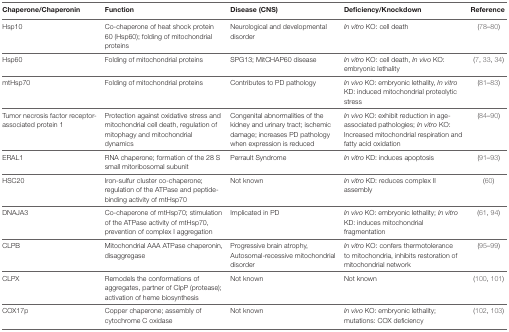
| Chaperone/Chaperonin | Function | Disease (CNS) | Deficiency/Knockdown | Reference |
 | --- | --- | --- | --- | --- |
 | Hsp10 | Co-chaperone of heat shock protein 60 (Hsp60); folding of mitochondrial proteins | Neurological and developmental disorder | In vitro KO: cell death | (78–80) |
 | Hsp60 | Folding of mitochondrial proteins | SPG13; MitCHAP60 disease | In vitro KO: cell death, In vivo KO: embryonic lethality | (7, 33, 34) |
 | mtHsp70 | Folding of mitochondrial proteins | Contributes to PD pathology | In vivo KO: embryonic lethality, In vitro KD: induced mitochondrial proteolytic stress | (81–83) |
 | Tumor necrosis factor receptor-associated protein 1 | Protection against oxidative stress and mitochondrial cell death, regulation of mitophagy and mitochondrial dynamics | Congenital abnormalities of the kidney and urinary tract; ischemic damage; increases PD pathology when expression is reduced | In vivo KO: exhibit reduction in age-associated pathologies; In vitro KO: Increased mitochondrial respiration and fatty acid oxidation | (84–90) |
 | ERAL1 | RNA chaperone; formation of the 28 S small mitoribosomal subunit | Perrault Syndrome | In vitro KD: induces apoptosis | (91–93) |
 | HSC20 | Iron-sulfur cluster co-chaperone; regulation of the ATPase and peptide-binding activity of mtHsp70 | Not known | In vitro KD: reduces complex II assembly | (60) |
 | DNAJA3 | Co-chaperone of mtHsp70; stimulation of the ATPase activity of mtHsp70, prevention of complex I aggregation | Implicated in PD | In vivo KO: embryonic lethality; In vitro KD: induces mitochondrial fragmentation | (61, 94) |
 | CLPB | Mitochondrial AAA ATPase chaperonin, disaggregase | Progressive brain atrophy, Autosomal-recessive mitochondrial disorder | In vitro KO: confers thermotolerance to mitochondria, inhibits restoration of mitochondrial network | (95–99) |
 | CLPX | Remodels the conformations of aggregates, partner of ClpP (protease); activation of heme biosynthesis | Not known | Not known | (100, 101) |
 | COX17p | Copper chaperone; assembly of cytochrome C oxidase | Not known | In vivo KO: embryonic lethality; mutations: COX deficiency | (102, 103) |